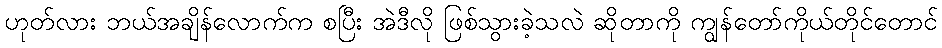
ဟုတ်လား ဘယ်အချိန်လောက်က စပြီး အဲဒီလို ဖြစ်သွားခဲ့သလဲ ဆိုတာကို ကျွန်တော်ကိုယ်တိုင်တောင်